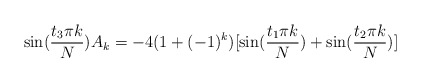
\begin{align*}\sin(\frac{t_3\pi k}N )A_k= -4(1+(-1)^k )[\sin(\frac{t_1\pi k}N) +\sin(\frac{t_2\pi k}N )]\end{align*}